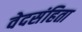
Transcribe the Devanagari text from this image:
वेदसंहिता